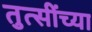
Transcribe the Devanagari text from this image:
तुत्‍सींच्‍या